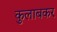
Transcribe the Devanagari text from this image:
कुलाबकर